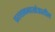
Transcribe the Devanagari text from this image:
प्रस्तावनाखंडातील